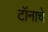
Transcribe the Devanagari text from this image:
टॉनाचे